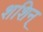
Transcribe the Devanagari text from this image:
शशिन्‌